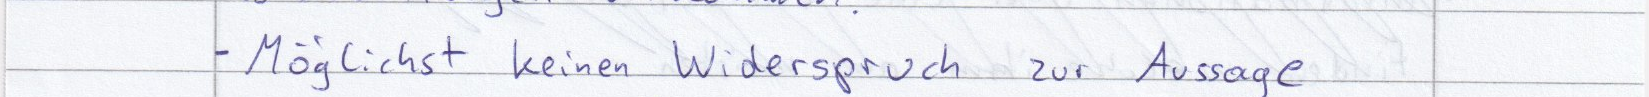
- Möglichst keinen Widerspruch zur Aussage